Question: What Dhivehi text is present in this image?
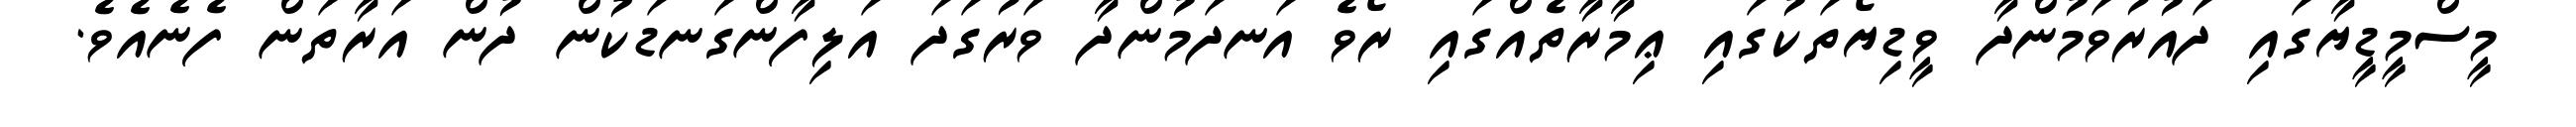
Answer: މީސްމީޑީޔާގައި ދައުރުވަމުންދާ ވީޑިޔޯތަކުގައި ޢިމާރާތެއްގައި ރޯވެ އަނދަމުންދާ ވަރުގަދަ އަލިފާންގަނޑަކުން ދުން އަރާތަން ފެނެއެވެ.